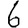
Digit: 6